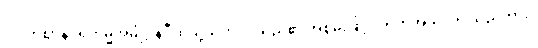
ပါဒကဈာန်ပရိကမ္မအဓိဋ္ဌာန်ဝီထိသို့သက်ဝင်သည်၏ အစွမ်းဖြင့်။ ဣတိအယံ၊ ဤသည်ကား။